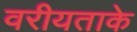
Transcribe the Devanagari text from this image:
वरीयताके